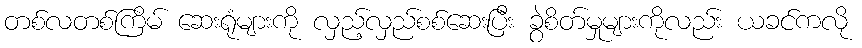
တစ်လတစ်ကြိမ် ဆေးရုံများကို လှည့်လှည်စစ်ဆေးပြီး ခွဲစိတ်မှုများကိုလည်း ယခင်ကလို